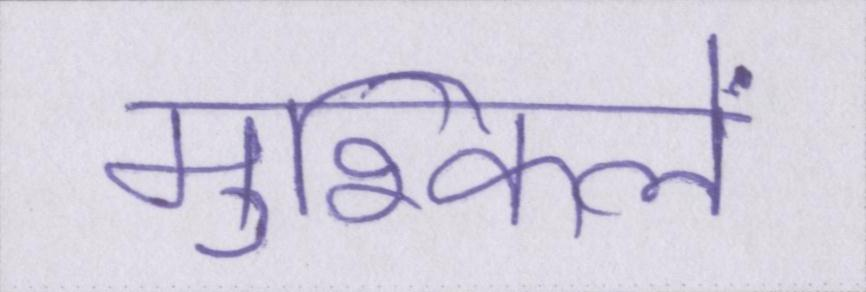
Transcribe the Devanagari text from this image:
मुश्किलें